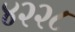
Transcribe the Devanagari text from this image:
४२२८